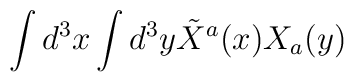
\int d^3x \int d^3y \tilde{X}^a(x) X_a(y)